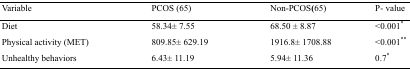
<table><thead><tr><td><b>Variable</b></td><td><b>PCOS (65)</b></td><td><b>Non-PCOS)65)</b></td><td><b>P- value</b></td></tr></thead><tbody><tr><td>Diet</td><td>58.34±7.55</td><td>68.50 ±8.87</td><td>&lt;0.001*</td></tr><tr><td>Physical activity (MET)</td><td>809.85±629.19</td><td>1916.8±1708.88</td><td>&lt;0.001**</td></tr><tr><td>Unhealthy behaviors</td><td>6.43±11.19</td><td>5.94±11.36</td><td>0.7*</td></tr></tbody></table>